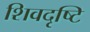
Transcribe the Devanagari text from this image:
शिवदृष्टि